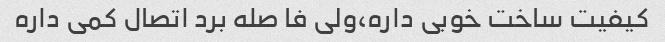
کیفیت ساخت خوبی داره،ولی فا صله برد اتصال کمی داره